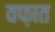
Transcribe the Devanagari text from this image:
वफ़ात